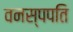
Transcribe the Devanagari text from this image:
वनस्पपति